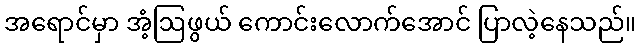
အရောင်မှာ အံ့ဩဖွယ် ကောင်းလောက်အောင် ပြာလဲ့နေသည်။